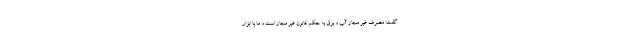
گفت: مصرف غیر مجاز آب و برق به حکم قانون غیر مجاز است و ما با ابزار